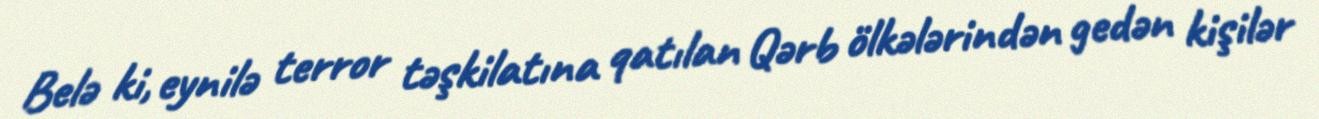
Belə ki, eynilə terror təşkilatına qatılan Qərb ölkələrindən gedən kişilər